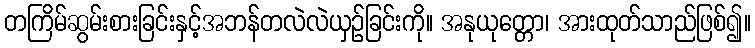
တကြိမ်ဆွမ်းစားခြင်းနှင့်အဘန်တလဲလဲယှဉ်ခြင်းကို။ အနုယုတ္တော၊ အားထုတ်သာည်ဖြစ်၍။